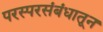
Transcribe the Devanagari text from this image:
परस्परसंबंधातून